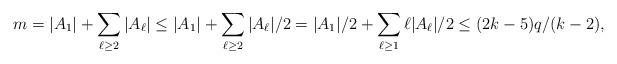
LaTeX: \begin{align*} m=|A_1|+\sum_{\ell\geq 2}{|A_\ell|}\leq |A_1|+\sum_{\ell\geq 2}|A_\ell|/2=|A_1|/{2}+\sum_{\ell\geq 1}{\ell}{|A_\ell|}/2\leq (2k-5)q/(k-2),\end{align*}